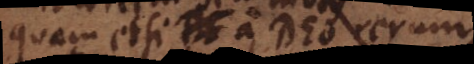
quam etsi De a Deo rerum